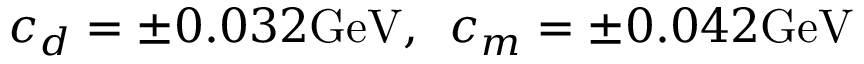
c _ { d } = \pm 0 . 0 3 2 \mathrm { G e V } , \enspace c _ { m } = \pm 0 . 0 4 2 \mathrm { G e V }